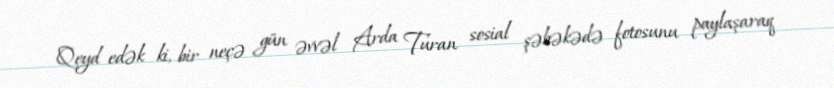
Qeyd edək ki, bir neçə gün əvvəl Arda Turan sosial şəbəkədə fotosunu paylaşaraq